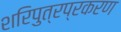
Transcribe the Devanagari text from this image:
शरिपुत्रप्रकरण